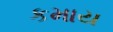
કમાય